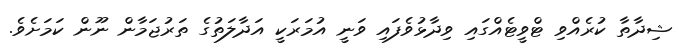
ޝިދާތާ ކުރެއްވި ޓްވީޓެއްގައި ވިދާޅުވެފައި ވަނީ އުމަރަކީ އަދާލަތުގެ ތަރުޖަމާން ނޫން ކަމަށެވެ.